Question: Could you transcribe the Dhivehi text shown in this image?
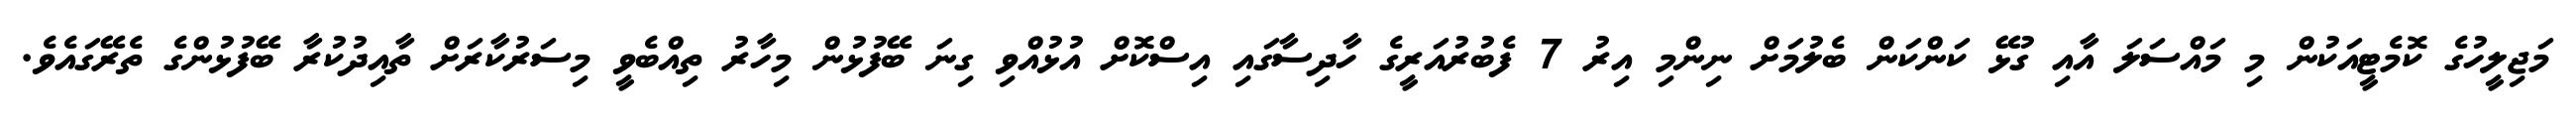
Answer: މަޖިލީހުގެ ކޮމެޓީއަކުން މި މައްސަލަ އާއި ގުޅޭ ކަންކަން ބެލުމަށް ނިންމި އިރު 7 ފެބުރުއަރީގެ ހާދިސާގައި އިސްކޮށް އުޅުއްވި ގިނަ ބޭފުޅުން މިހާރު ތިއްބެވީ މިސަރުކާރަށް ތާއިދުކުރާ ބޭފުޅުންގެ ތެރޭގައެވެ.